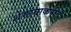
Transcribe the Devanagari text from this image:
शेगांवाकरीत